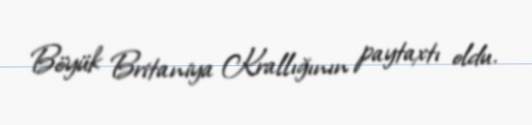
Böyük Britaniya Krallığının paytaxtı oldu.